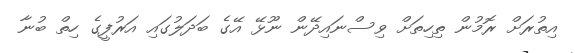
އިތުރަށް ރޮމުން ތިހިތަށް ވިސްނައިދޭން ނޫޅޭ އޭގެ ބަދަލުގައި އަރުފީގެ ހިތް ބުނާ